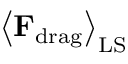
\left\langle { \bf F } _ { \mathrm { d r a g } } \right\rangle _ { \mathrm { L S } }